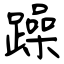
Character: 躁